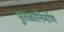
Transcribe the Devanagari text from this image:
पुतळानिर्माण